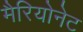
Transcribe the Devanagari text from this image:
मैरियोनेट